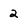
Character: 2